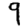
Digit: 9